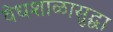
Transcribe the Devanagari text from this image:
वेधशाळासुद्धा